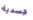
جسدية